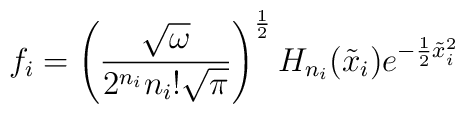
f_{i}= \left(\frac{\sqrt{\omega}}{2^{n_{i}} n_{i}!\sqrt{\pi}}\right)^{\frac{1}{2}}H_{n_{i}}(\tilde{x}_{i})e^{-\frac{1}{2}\tilde{x}_{i}^{2}}